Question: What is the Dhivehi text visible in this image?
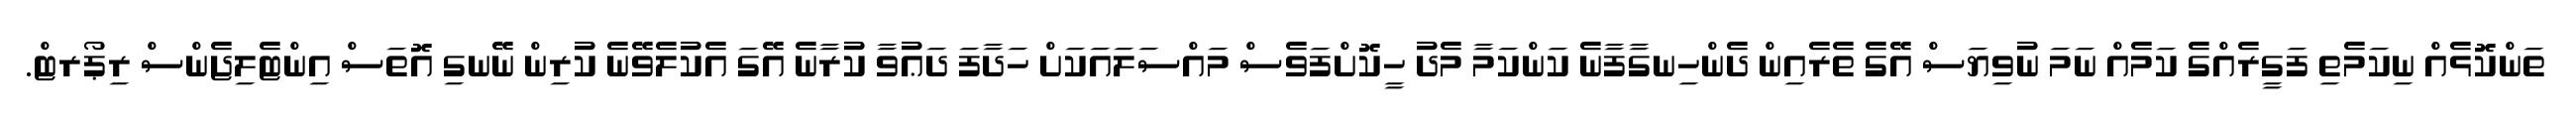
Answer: ތަންކޮޅެއް ނިކަމެތި ފަގީރެއްގެ ކަމެއް ނަމަ ނުވިޔަސް އޭގެ ތެރެއިން ދެންހިނގާފާނެ ކަންކަމާ މެދު ހީކޮށްފަވެސް މައްސަލައަކަށް ހަދާފަ ދަޢުވާ ކުރާނެ އޭގަ އެކުލެވޭނެ ކުރިން ނޭނގި އޮތަސް އިންޓެލިޖެންސް ރިޕޯރޓް.